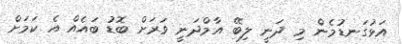
އަޅުގަނޑުމެން މި ދަނީ ލިބޭ އާމްދަނީ ވަރަށް ބޮޑު ބައެއް އެ ކަމަށް